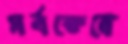
সর্বক্ষেত্রে